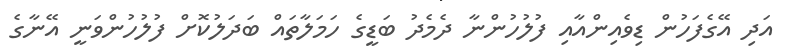
އަދި އޭގެފަހުން ޑިވެއިންއާއި ފުލުހުންނާ ދެމެދު ބަޑީގެ ހަމަލާތައް ބަދަލުކޮށް ފުލުހުންވަނީ އޭނާގެ